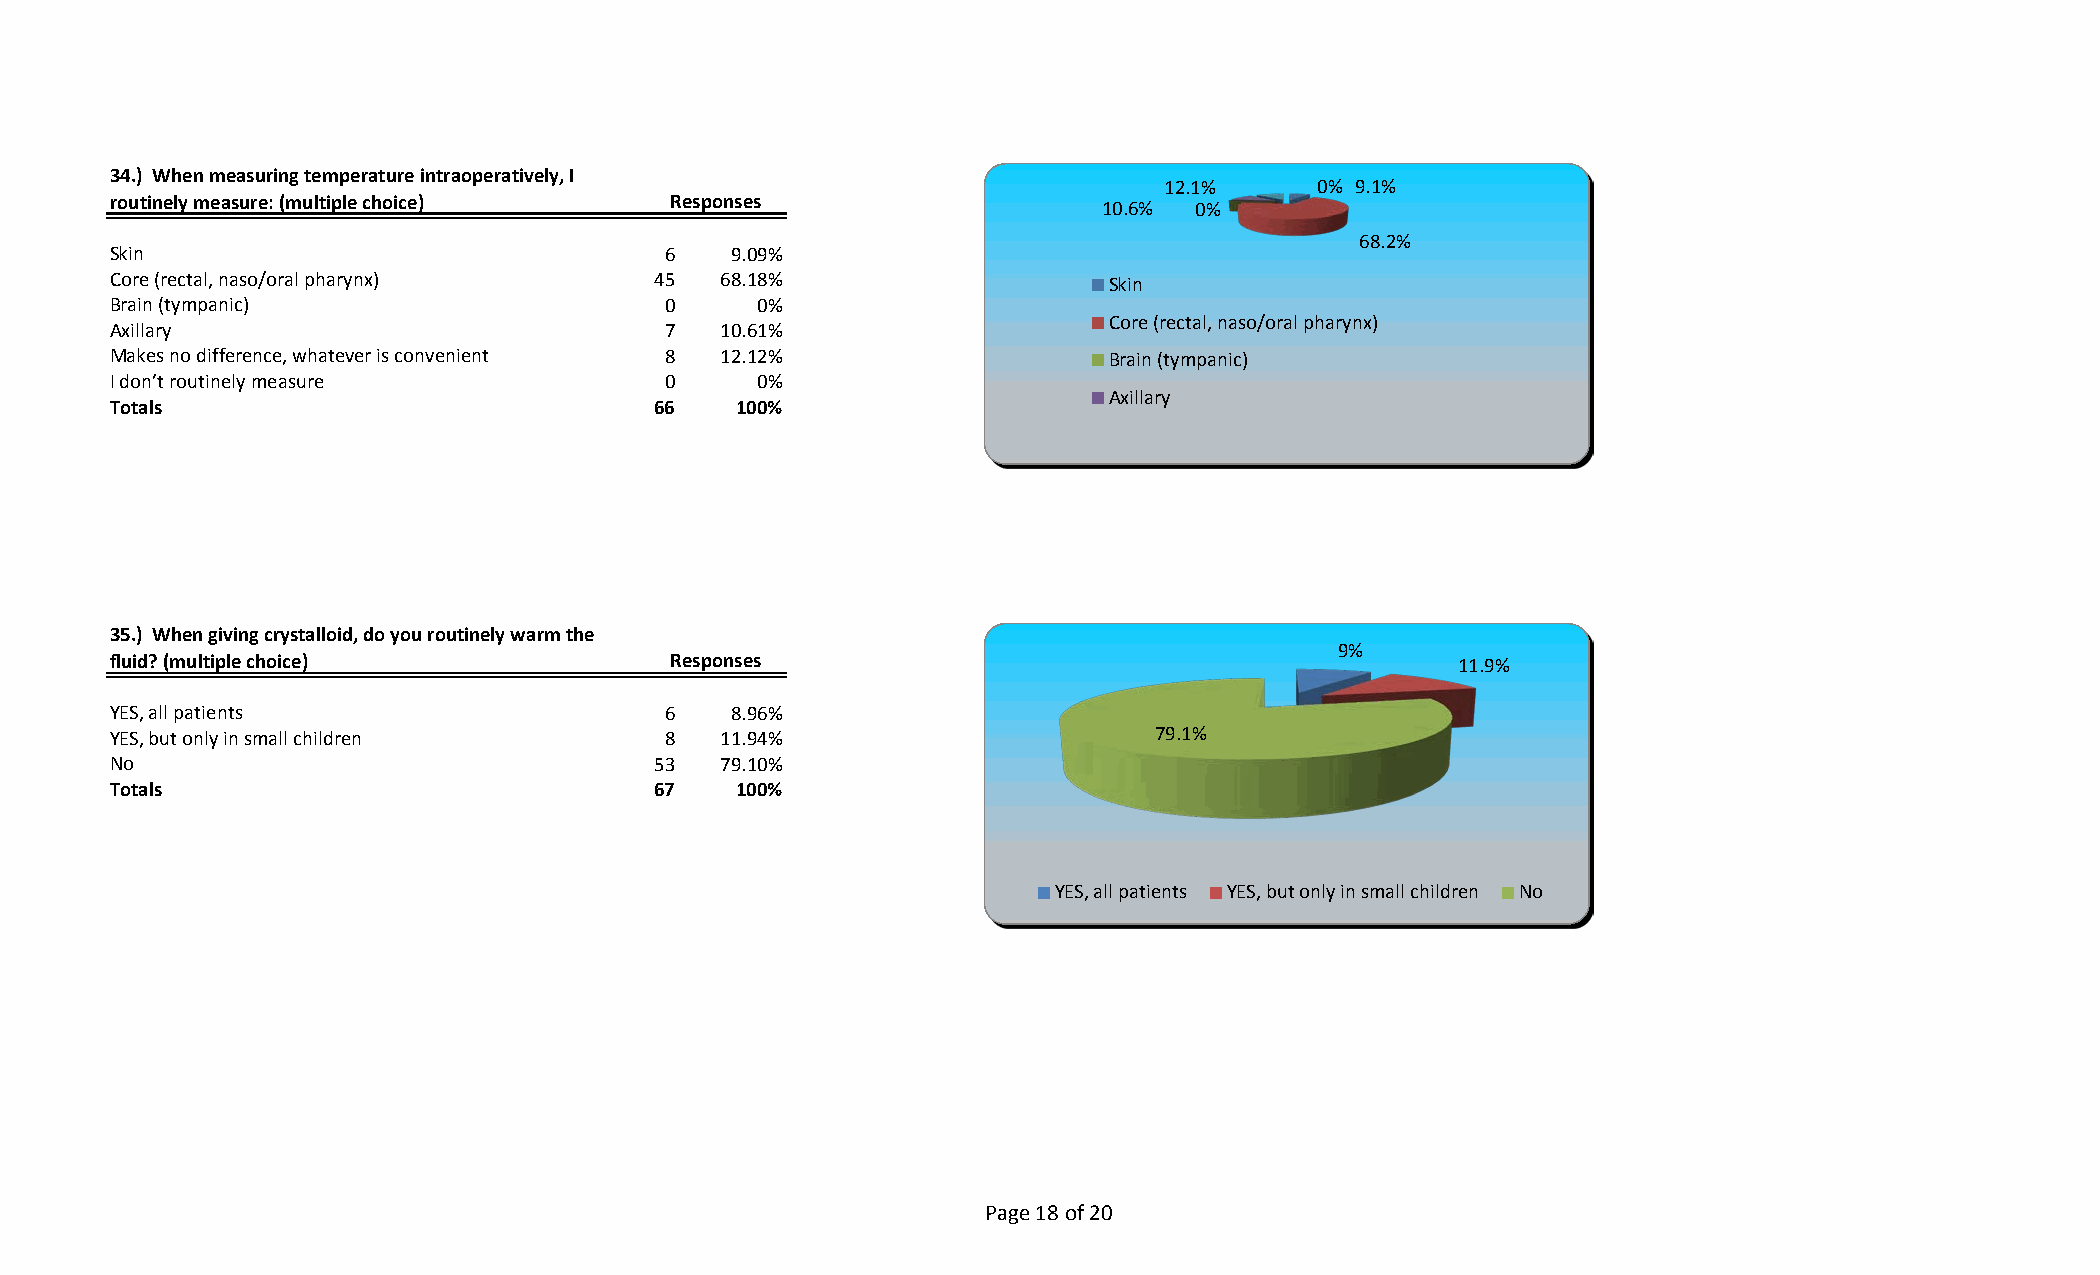
34.) When measuring temperature intraoperatively, I
 12.1%     0% 9.1%
 routinely measure: (multiple choice) Responses                    10.6% 0%
 68.2%
 Skin                                 6   9.09%
 Core (rectal, naso/oral pharynx)    45  68.18%                    Skin
 Brain (tympanic)                     0     0%
 Core (rectal, naso/oral pharynx)
 Axillary                             7  10.61%
 Makes no difference, whatever is convenient 8 12.12%              Brain (tympanic)
 I don’t routinely measure            0     0%
 Axillary
 Totals                              66   100%
 35.) When giving crystalloid, do you routinely warm the
 9%
 fluid? (multiple choice)             Responses                                           11.9%
 YES, all patients                    6   8.96%
 YES, but only in small children      8  11.94%                       79.1%
 No                                  53  79.10%
 Totals                              67   100%
 YES, all patients YES, but only in small children No
 Page 18 of 20